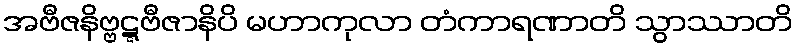
အဗီဇနိဗ္ဗဋ္ဋဗီဇာနိပိ မဟာကုလာ တံကာရဏာတိ သွာဿာတိ